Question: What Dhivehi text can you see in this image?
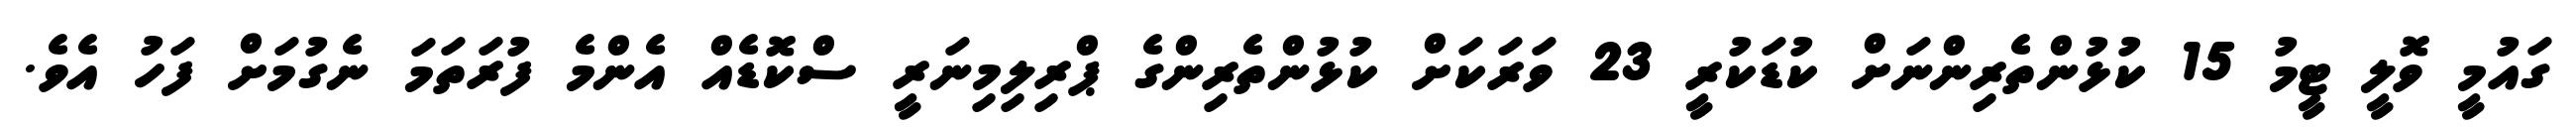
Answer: ގައުމީ ވޮލީ ޓީމު 15 ކުޅުންތެރިންނަށް ކުޑަކުރީ 23 ވަރަކަށް ކުޅުންތެރިންގެ ޕްރިލިމިނަރީ ސްކޮޑެއް އެންމެ ފުރަތަމަ ނެގުމަށް ފަހު އެވެ.